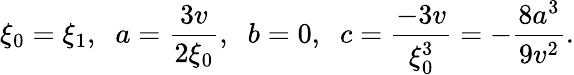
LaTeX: \xi_{0}=\xi_{1},\; \; a=\frac{3v}{2\xi_{0}},\; \; b=0,\; \; c=\frac{-3v}{\xi_{0}^{3}}=-\frac{8a^{3}}{9v^{2}}.